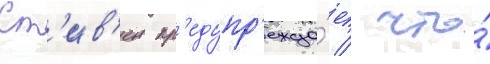
Ст'ив'ен пр'едупр'ежда́ет / что́